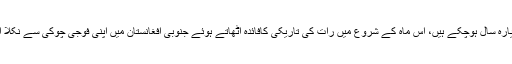
سٹاف سارجٹ رابرٹ بیلز ، جن کی فوج میں ملازمت کو گیارہ سال ہوچکے ہیں، اس ماہ کے شروع میں رات کی تاریکی کافائدہ اٹھاتے ہوئے جنوبی افغانستان میں اپنی فوجی چوکی سے نکلا اور نو بچوں اور آٹھ بالغ افراد کو گولیاں مار کر ہلاک کردیا۔